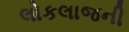
લોકલાજની